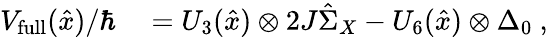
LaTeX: \begin{array}{rl}{V_{\mathrm{full}}(\hat{x})/\hbar}&{{}=U_{3}(\hat{x})\otimes 2J\hat{\Sigma}_{X}-U_{6}(\hat{x})\otimes\Delta_{0}\ ,}\end{array}